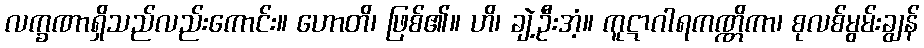
လက္ခဏာရှိသည်လည်းကောင်း။ ဟောတိ၊ ဖြစ်၏။ ဟိ၊ ချဲ့ဦးအံ့။ ကူဋာဂါရကဏ္ဏိကာ၊ စုလစ်မွမ်းချွန်